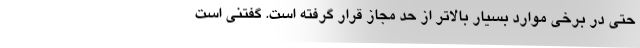
حتی در برخی موارد بسیار بالاتر از حد مجاز قرار گرفته است. گفتنی است